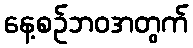
နေ့စဉ်ဘဝအတွက်